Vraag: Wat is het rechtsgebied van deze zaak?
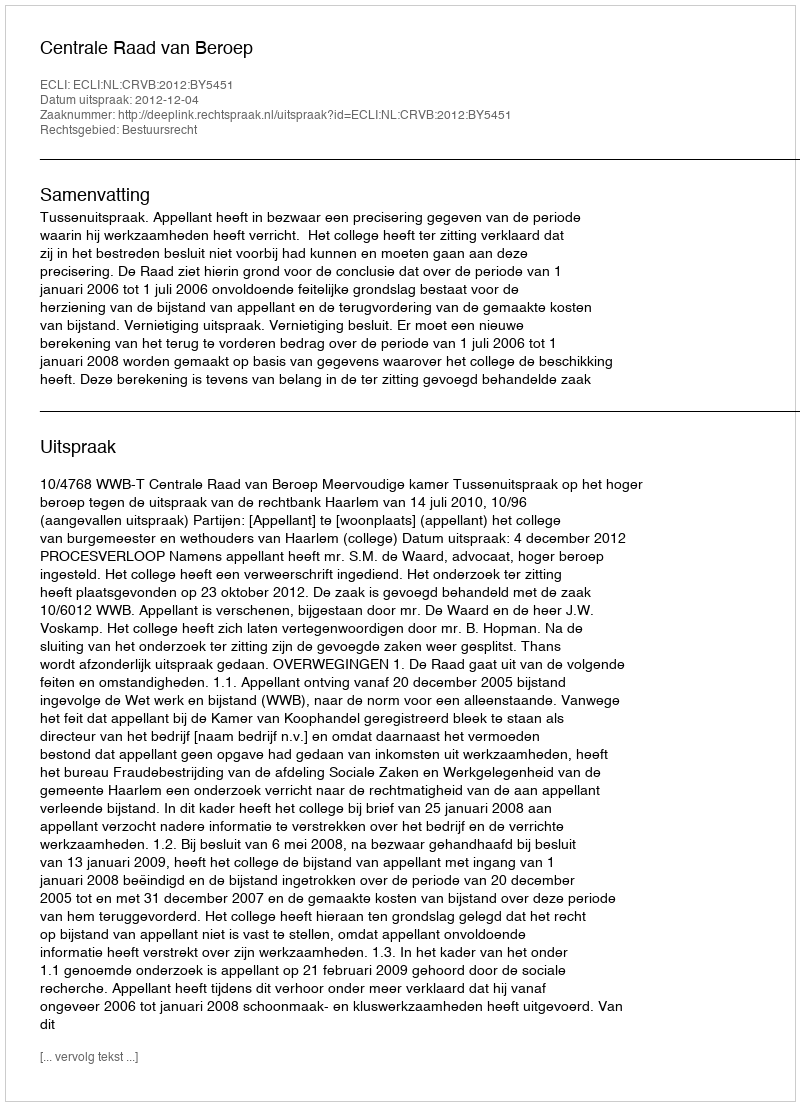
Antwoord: Bestuursrecht